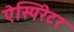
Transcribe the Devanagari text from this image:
ऐस्पिरेटर